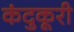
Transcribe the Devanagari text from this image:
कंदुकूरी